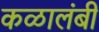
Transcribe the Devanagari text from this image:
कळालंबी